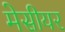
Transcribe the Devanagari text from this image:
मेसीयर